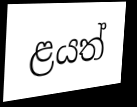
ළයත්